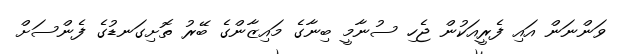
ވަންނަން އައި ފެރީއަކުން ޖެހި ސުނާމީ ބިނާގެ މައިޒާންގެ ބޭރު ތޮށިގަނޑުގެ ފެންސަށް